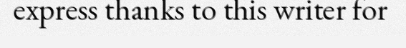
express thanks to this writer for